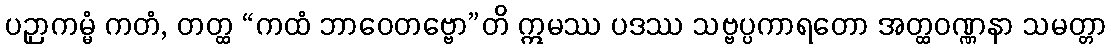
ပဉှာကမ္မံ ကတံ, တတ္ထ “ကထံ ဘာဝေတဗ္ဗော”တိ ဣမဿ ပဒဿ သဗ္ဗပ္ပကာရတော အတ္ထဝဏ္ဏနာ သမတ္တာ